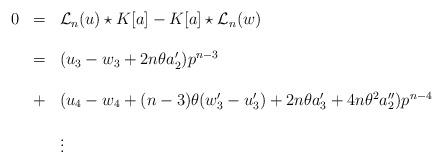
LaTeX: \begin{align*}\begin{array}{lcl}0&=&{{\mathcal L}_{n}}(u)\star K[a]-K[a]\star {{\mathcal L}_{n}}(w)\\ \\&=& (u_{3}-w_{3}+2n\theta a'_{2}) p^{n-3} \\ \\&+ & (u_4-w_4+(n-3)\theta(w'_3-u'_3)+2n \theta a'_3 +4n \theta^2 a''_2)p^{n-4}\\\\& & \vdots \end{array}\end{align*}